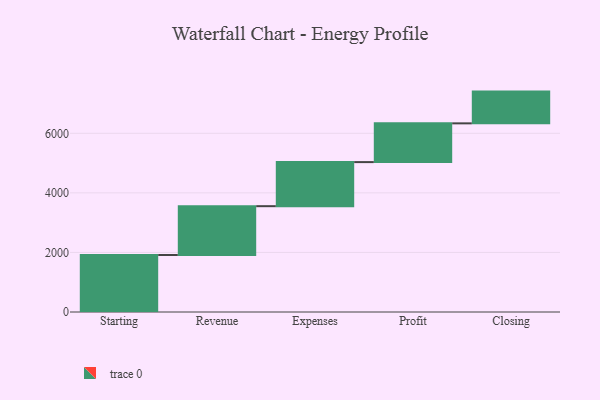
{"axis": {"x": "Step", "y": "Value"}, "legend": [""], "data": [{"x": "Starting", "y": 1913.0, "type": ""}, {"x": "Revenue", "y": 1640.0, "type": ""}, {"x": "Expenses", "y": 1480.0, "type": ""}, {"x": "Profit", "y": 1301.0, "type": ""}, {"x": "Closing", "y": 1066.0, "type": ""}]}